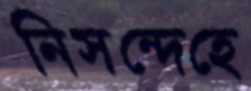
নিসন্দেহে